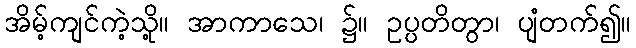
အိမ့်ကျင်ကဲ့သို့။ အာကာသေ၊ ၌။ ဥပ္ပတိတွာ၊ ပျံတက်၍။